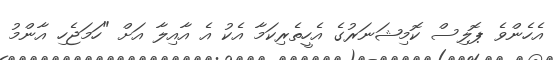
އެހެންވެ ޕޮލިސް ކޮމިޝަނަރުގެ އެހީތެރިކަމާ އެކު އެ އާއިލާ އަށް "ހަމަޖެހި އާންމު